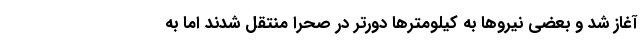
آغاز شد و بعضی نیروها به کیلومترها دورتر در صحرا منتقل شدند اما به